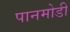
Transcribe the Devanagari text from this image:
पानमोडी